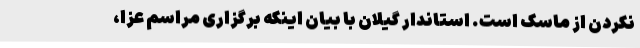
نکردن از ماسک است. استاندار گیلان با بیان اینکه برگزاری مراسم عزا،